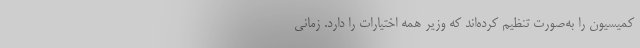
کمیسیون را به‌صورت تنظیم کرده‌اند که وزیر همه اختیارات را دارد. زمانی